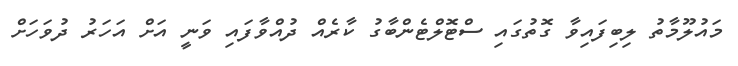
މައުލޫމާތު ލިބިފައިވާ ގޮތުގައި ސްޓޮލްޓެންބާގު ކާރެއް ދުއްވާފައި ވަނީ އަށް އަހަރު ދުވަހަށް